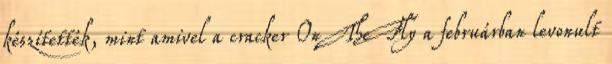
készítették, mint amivel a cracker OnTheFly a februárban levonult